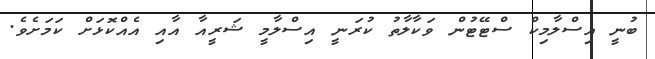
ބުނީ އިސްލާމިކް ސްޓޭޓުން ވަކާލާތު ކުރަނީ އިސްލާމީ ޝަރީއާ އާއި އެއްކޮޅަށް ކަމަށެވެ.